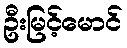
ဦးမြင့်မောင်